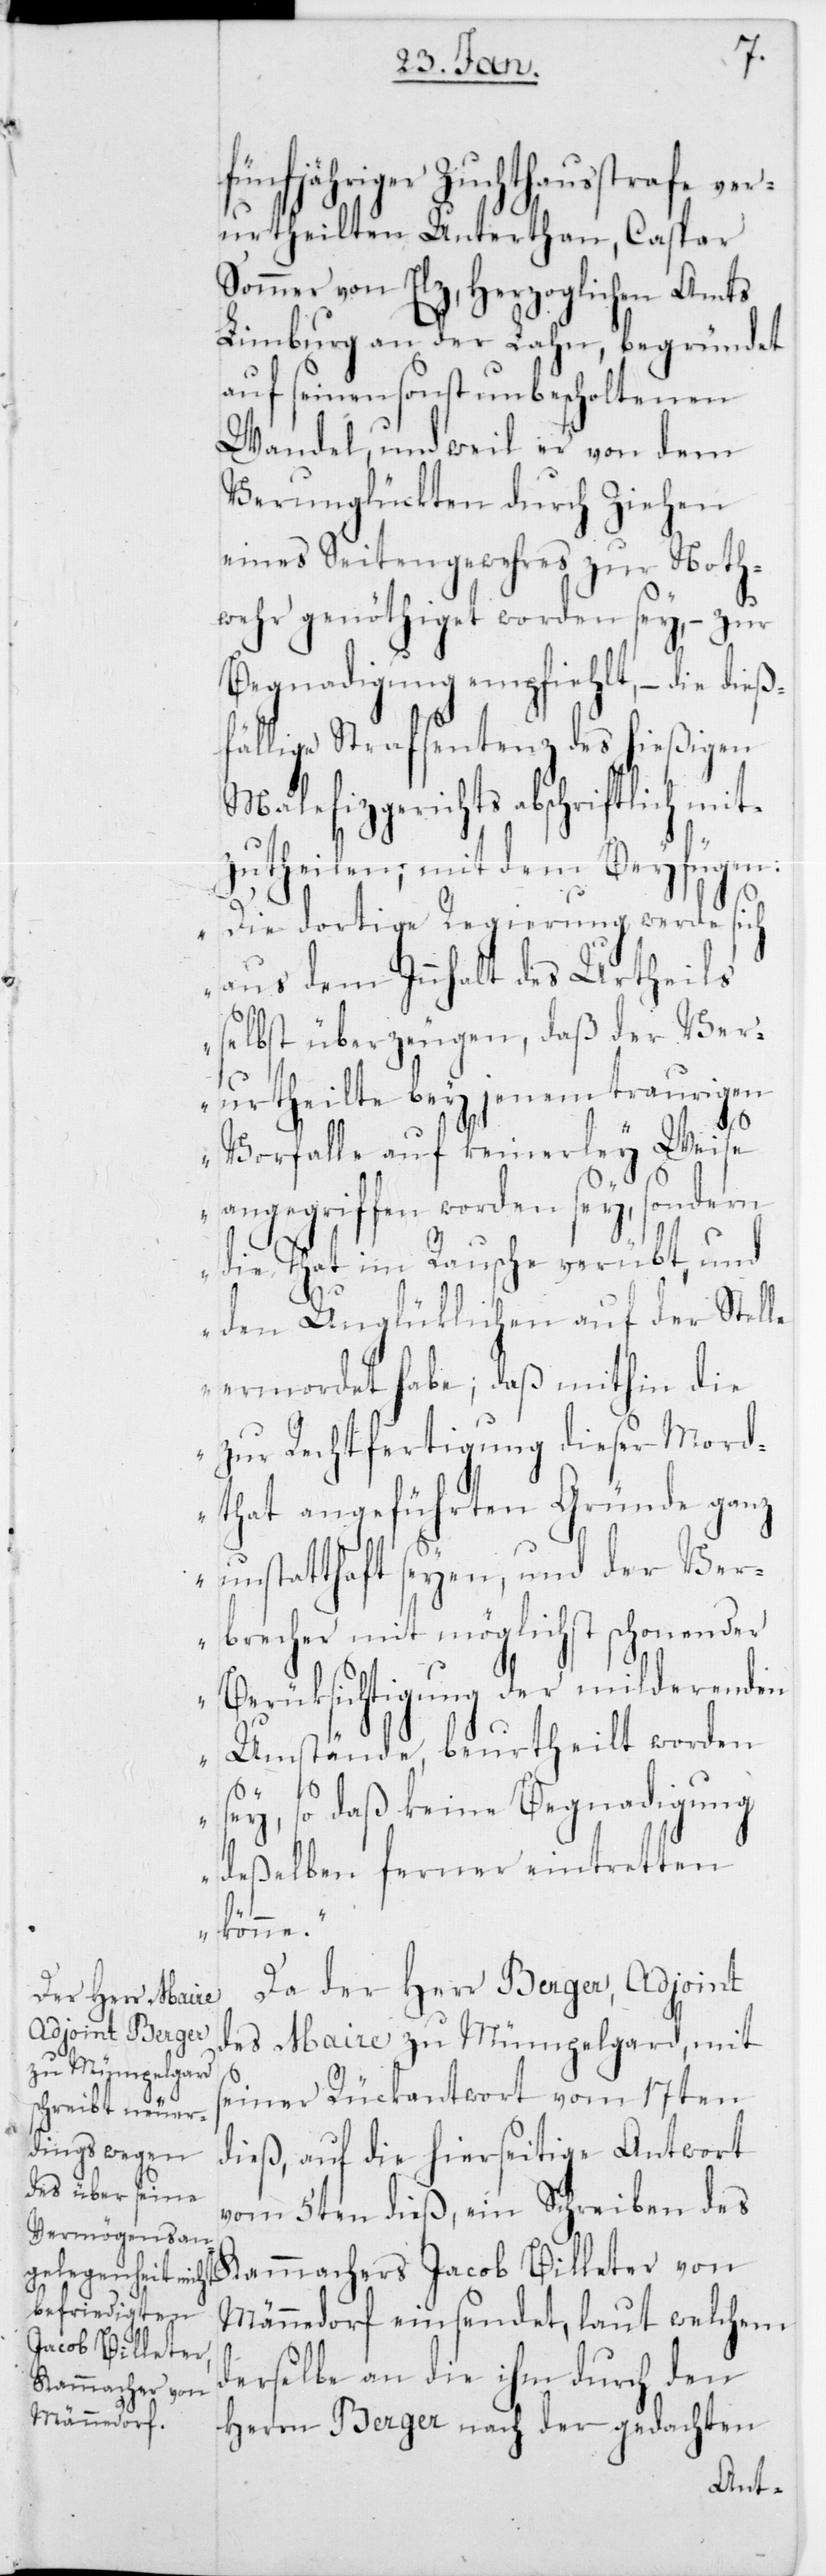
fünfjähriger Zuchthausstrafe ve¬
rurtheilten Unterthan, Caspar
Sommer von Elz, herzoglichen Amts
Limburg an der Lahn, begründet
auf seinen sonst unbescholtenen
Wandel, und weil er von dem
Verunglückten durch Ziehen
eines Seitengewehres zur Noth¬
wehr genöthiget worden sey, – zur
Begnadigung empfieh¬
die dieß¬
fällige Strafsentenz des h¬
ießigen
Malefizgerichts abschriftlich mit¬
zutheilen; mit dem Beifügen:
„Die dortige Regierung werde sich
aus dem Innhalt des Urtheils
selbst überzeugen, daß der Ver¬
urtheilte bey jenem traurigen
lt,
Vorfalle auf keinerley Weise
angegriffen worden sey, sondern
die That im Rausche verübt, und
den Unglücklichen auf der Stelle
ermordet habe; daß mithin die
zur Rechtfertigung dieser Mord¬
that angeführten Gründe ganz
unstatthaft seyen, und der Ver¬
brecher mit möglichst schonender
Berücksichtigung der milderenden
Umstände, beurtheilt worden
sey, so daß keine Begnadigung
deßelben ferner eintretten
könne“.
Da der Herr Berger, Adjoint
des Maire zu Mümpelgard, mit
s¬
einer Rückantwort vom 17ten
dieß, auf die hierseitige Antwort
vom 5ten dieß, ein Schreiben des
Kammachers Jacob Billeter von
Männedorf einsendet, laut welchem
derselbe an die ihm durch den
Herrn Berger nach der gedachten